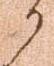
か